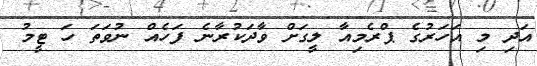
އަދި މި އަހަރުގެ ޕްރެމިއާ ލީގަށް ވާދަކުރާނެ ފަހެއް ނުވަތަ ހަ ޓީމު